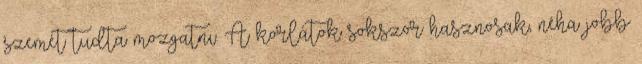
szemét tudta mozgatni. A korlátok sokszor hasznosak, néha jobb